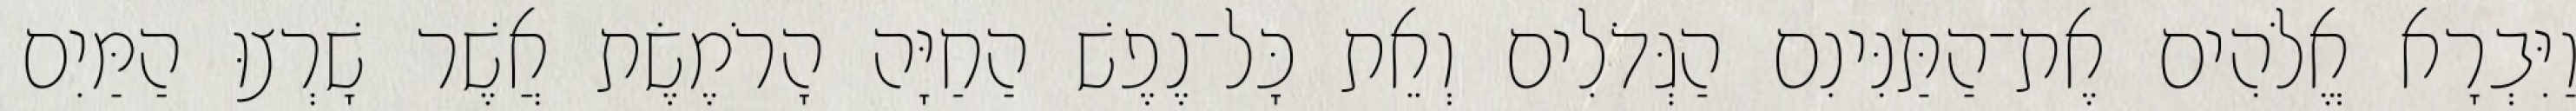
וַיִּבְרָא אֱלֹהִים אֶת־הַתַּנִּינִם הַגְּדֹלִים וְאֵת כָּל־נֶפֶשׁ הַחַיָּה הָרֹמֶשֶׂת אֲשֶׁר שָׁרְצוּ הַמַּיִם